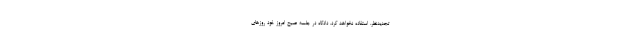
تجدیدنظر، استفاده نخواهد کرد. دادگاه در جلسه صبح امروز خود روزهای